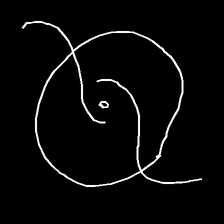
Glyph: repetition